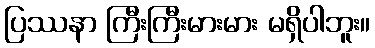
ပြဿနာ ကြီးကြီးမားမား မရှိပါဘူး။